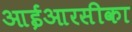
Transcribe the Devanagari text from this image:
आईआरसीका